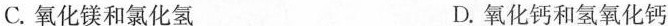
C.氧化镁和氯化氢 D.氧化钙和氢氧化钙